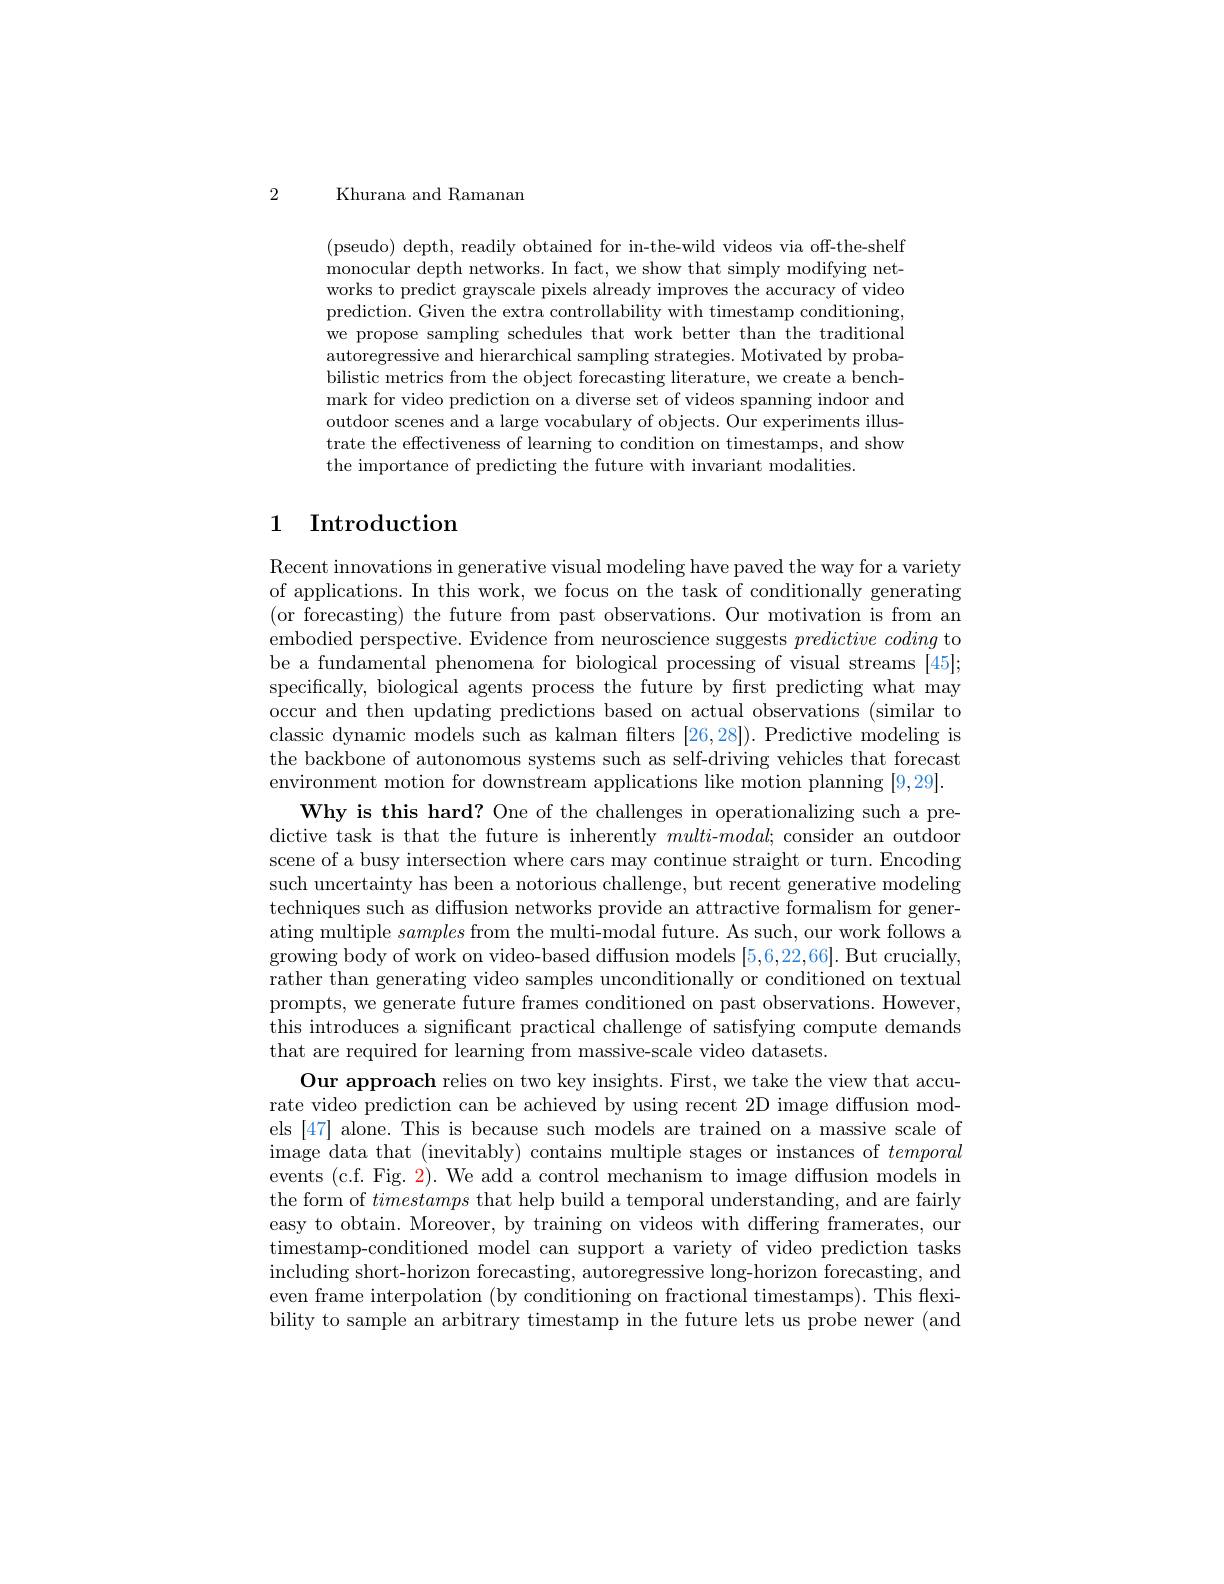
2

Khurana and Ramanam

(pseudo) depth, readily obtained for in-the-wild videos via off-the-shelf monocular depth networks. In fact, we show that simply modifying networks to predict grayscale pixels already improves the accuracy of video prediction. Given the extra controllability with timestamp conditioning, we propose sampling schedules that work better than the traditional autoregressive and hierarchical sampling strategies. Motivated by probabilistic metrics from the object forecasting literature, we create a benchmark for video prediction on a diverse set of videos spanning indoor and outdoor scenes and a large vocabulary of objects. Our experiments illustrate the effectiveness of learning to condition on timestamps, and show the importance of predicting the future with invariant modalities.

## 1 Introduction

Recent innovations in generative visual modeling have paved the way for a variety of applications. In this work, we focus on the task of conditionally generating (or forecasting) the future from past observations. Our motivation is from an embodied perspective. Evidence from neuroscience suggests $predictive\textit{ coding to}$ be a fundamental phenomena for biological processing of visual streams [45]; specifically, biological agents process the future by frst predicting what may occur and then updating predictions based on actual observations (similar to classic dynamic models such as kalman filters [26,28]). Predictive modeling is the backbone of autonomous systems such as self-driving vehicles that forecast environment motion for downstream applications like motion planning [9,29].
Why is this hard? One of the challenges in operationalizing such a predictive task is that the future is inherently multi-$modal;$ consider an outdoor scene of a busy intersection where cars may continue straight or turn. Encoding such uncertainty has been a notorious challenge, but recent generative modeling techniques such as diffusion networks provide an attractive formalism for generating multiple samples from the multi-modal future. As such, our work follows ating multiples from the multi-modal future. As such, our work follows a growing body of work on video-based diffusion models [5,6,22,66]. But crucially, rather than generating video samples unconditionally or conditioned on textual prompts, we generate future frames conditioned on past observations. However, this introduces a significant practical challenge of satisfying compute demands that are required for learning from massive-scale video datasets.
Our approach relies on two key insights. First, we take the view that accurate video prediction can be achieved by using recent 2D image diffusion models [47] alone. This is because such models are trained on a massive scale of image data that (inevitably) contains multiple stages or instances of temporal events (c.f. Fig. 2). We add a control mechanism to image diffusion models in the form of timestamps that help build a temporal understanding, and are fairly easy to obtain. Moreover, by training on videos with differing framerates, our timestamp-conditioned model can support a variety of video prediction tasks including short-horizon forecasting, autoregressive long-horizon forecasting, and even frame interpolation (by conditioning on fractional timestamps). This flexibility to sample an arbitrary timestamp in the future lets us probe newer (and